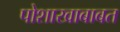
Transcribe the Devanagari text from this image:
पोशाखाबाबत